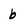
Character: b